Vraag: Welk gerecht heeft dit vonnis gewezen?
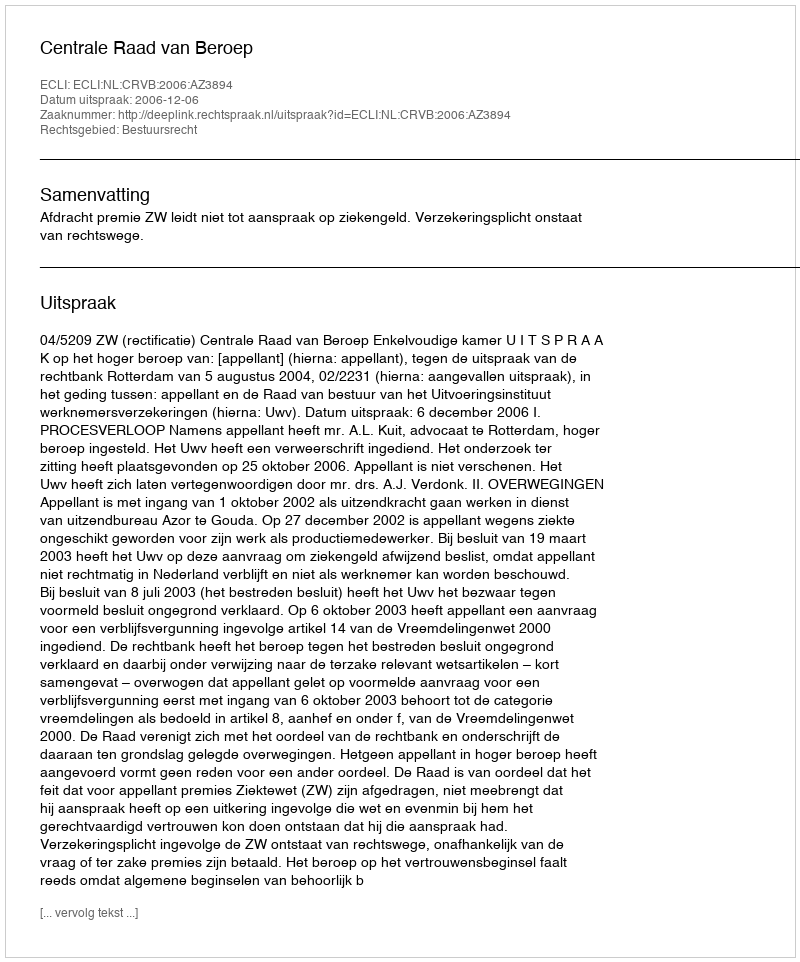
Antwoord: Centrale Raad van Beroep